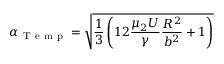
\alpha _ { \mathrm { ~ T ~ e ~ m ~ p ~ } } = \sqrt { \frac { 1 } { 3 } \left( 1 2 \frac { \mu _ { 2 } U } { \gamma } \frac { R ^ { 2 } } { b ^ { 2 } } + 1 \right) }